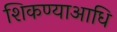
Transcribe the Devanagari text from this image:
शिकण्याआधि